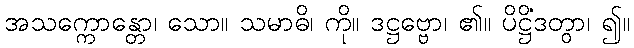
အသက္ကောန္တော၊ သော။ သမာဓိ၊ ကို။ ဒဋ္ဌဗ္ဗော၊ ၏။ ပိဋ္ဌိံဒတွာ၊ ၍။